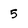
Character: 5